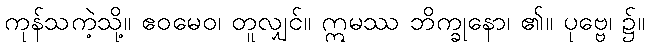
ကုန်သကဲ့သို့။ ဧဝမေဝ၊ တူလျှင်။ ဣမဿ ဘိက္ခုနော၊ ၏။ ပုဗ္ဗေ၊ ၌။